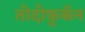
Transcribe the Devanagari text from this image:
तोदोफ़ूकॅन